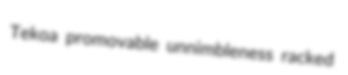
Tekoa promovable unnimbleness racked